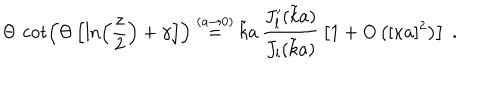
LaTeX: \Theta \, \cot \left( \Theta \left[ \ln \left( \frac { z } { 2 } \right) + \gamma \right] \right) \stackrel { ( a \rightarrow 0 ) } { = } \tilde { k } a \, \frac { J _ { l } ^ { \prime } ( \tilde { k } a ) } { J _ { l } ( \tilde { k } a ) } \, \left[ 1 + O \left( [ \kappa a ] ^ { 2 } \right) \right] \; .